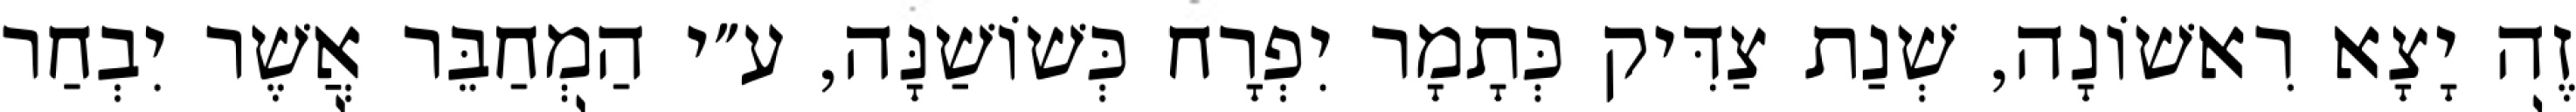
זֶה יָצָא רִאשׁוֹנָה, שְׁנַת צַדִּיק כְּתָמָר יִפְרָח כְּשׁוֹשַׁנָּה, ע״י הַמְחַבֵּר אֲשֶׁר יִבְחַר